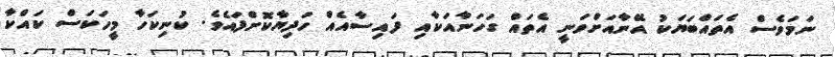
ނަމަވެސް އެތައްބަޔަކު އޭނާއަށްވަނީ އެތައް ގަހަނާއަކާއި ފައިސާއެއް ހަދިޔާކޮށްފައެވެ. ކުނިކަހާ މީހަކަސް ކައްކާ